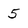
Character: 5